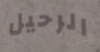
الرحيل